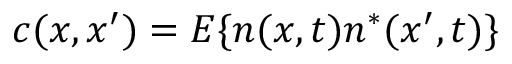
c ( x , x ^ { \prime } ) = E \{ n ( x , t ) n ^ { * } ( x ^ { \prime } , t ) \}